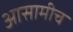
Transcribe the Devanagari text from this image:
आसामीच